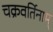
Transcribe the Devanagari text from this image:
चक्रवर्तिनाम्